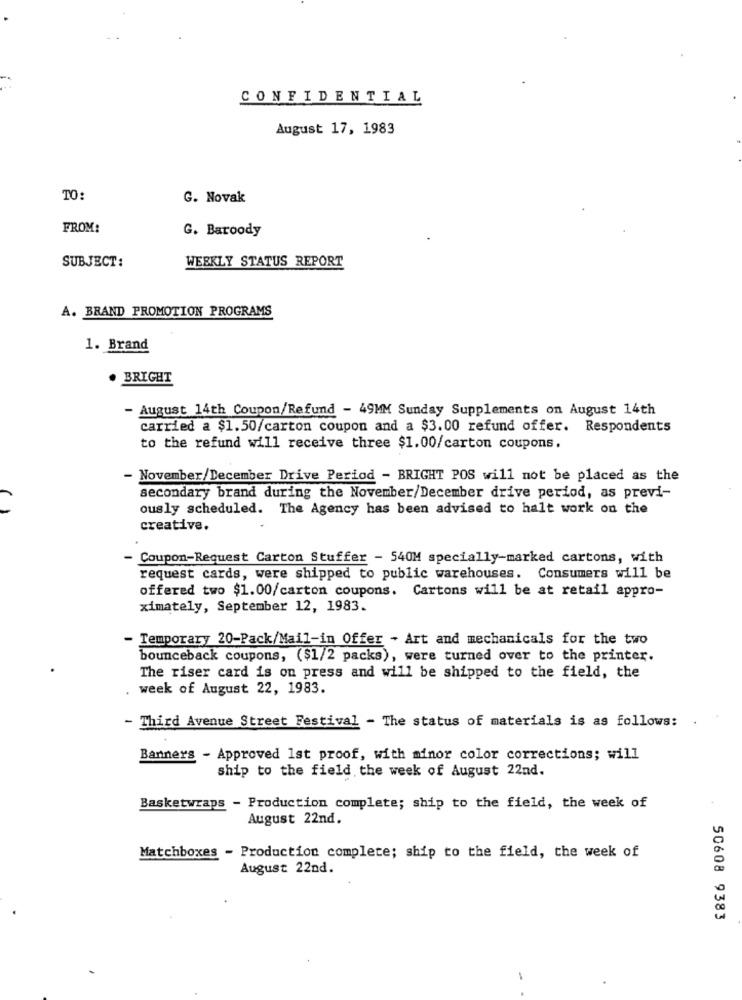
CONFIDENTIAL
August 17, 1983
TO:
G. Novak
FROM:
G. Baroody
WEEKLY STATUS REPORT
SUBJECT:
A. BRAND PROMOTION PROGRAMS
1. Brand
BRIGHT
- August 14th Coupon/Refund - 49MM Sunday Supplements on August 14th
carried a $1.50/carton coupon and a $3.00 refund offer. Respondents
to the refund will receive three $1.00/carton coupons.
- November/December Drive Period - BRIGHT POS will not be placed as the
secondary brand during the November/December drive period, as previ-
ously scheduled. The Agency has been advised to halt work on the
creative.
- Coupon-Request Carton Stuffer - 540M specially-marked cartons, with
request cards, were shipped to public warehouses. Consumers will be
offered two $1.00/carton coupons. Cartons will be at retail appro-
ximately, September 12, 1983.
- Temporary 20-Pack/Mail-in Offer - Art and mechanicals for the two
bounceback coupons, ($1/2 packs), were turned over to the printer.
The riser card is on press and will be shipped to the field, the
week of August 22, 1983.
- Third Avenue Street Festival - The status of materials is as follows:
Banners - Approved Ist proof, with minor color corrections; will
ship to the field the week of August 22nd.
Basketwraps - Production complete; ship to the field, the week of
August 22nd.
Matchboxes - Production complete; ship to the field, the week of
August 22nd.
50608 9383